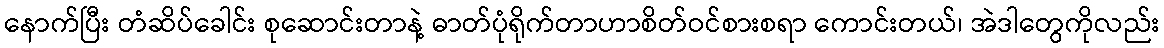
နောက်ပြီး တံဆိပ်ခေါင်း စုဆောင်းတာနဲ့ ဓာတ်ပုံရိုက်တာဟာစိတ်ဝင်စားစရာ ကောင်းတယ်၊ အဲဒါတွေကိုလည်း